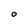
Character: O